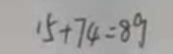
1 5 + 7 4 = 8 9